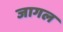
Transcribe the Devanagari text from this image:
जागल